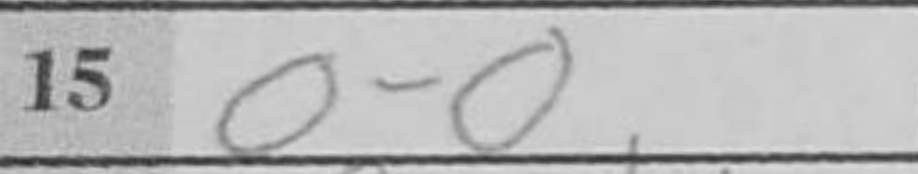
Transcription: O-O